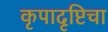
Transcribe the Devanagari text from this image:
कृपादृष्टिचा